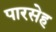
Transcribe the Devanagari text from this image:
पारसेह